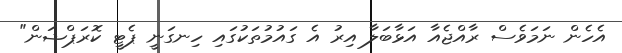
އެހެން ނަމަވެސް ރާއްޖެއާ އަޅާބަލާ އިރު އެ ގައުމުތަކުގައި ހިނގަނީ ޕެޓީ ކޮރަޕްޝަން"